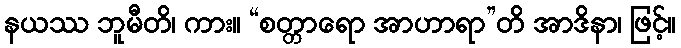
နယဿ ဘူမီတိ၊ ကား။ “စတ္တာရော အာဟာရာ”တိ အာဒိနာ၊ ဖြင့်။